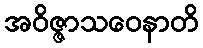
အဝိဇ္ဇာသဝေနာတိ